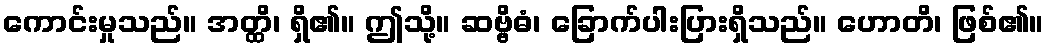
ကောင်းမှုသည်။ အတ္ထိ၊ ရှိ၏။ ဤသို့။ ဆဗ္ဗိဓံ၊ ခြောက်ပါးပြားရှိသည်။ ဟောတိ၊ ဖြစ်၏။